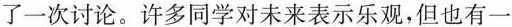
了一次讨论。许多同学对未来表示乐观，但也有一